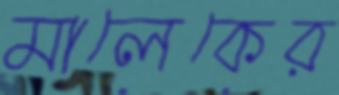
মালেকের